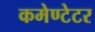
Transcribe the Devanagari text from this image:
कमेण्टेटर